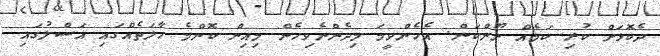
ދެކޮޅަށް ކުރި ކަމެއް ނޫންކަން. އެހެންވީމަ މިދެންނެވިހެން މިއިން ކޮންމެ ހާލަތެއްގައި އަސްލުގައި